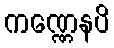
ကဏ္ဏေနပိ